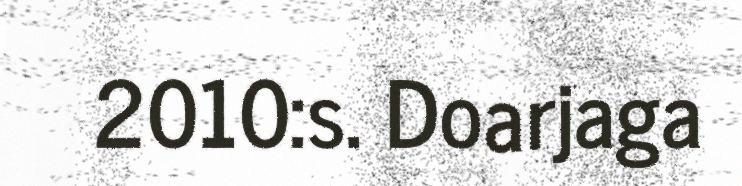
2010:s. Doarjaga